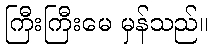
ကြီးကြီးမေ မှန်သည်။